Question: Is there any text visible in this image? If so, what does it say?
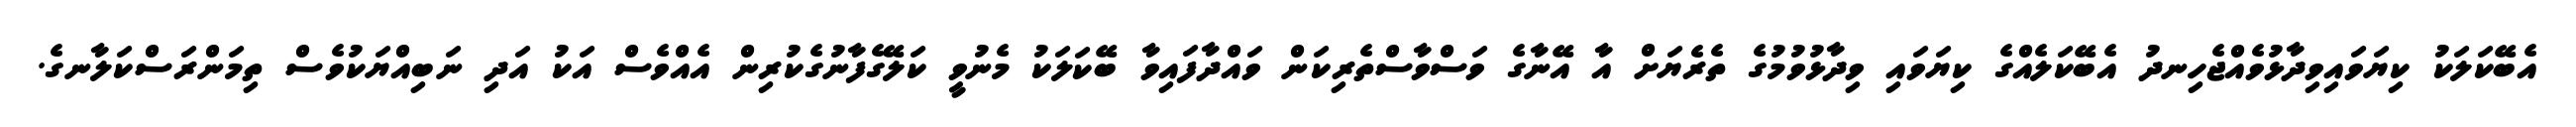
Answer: އެބޭކަލަކު ކިޔަވައިވިދާޅުވެއްޖެހިނދު އެބޭކަލެއްގެ ކިޔަވައި ވިދާޅުވުމުގެ ތެރެޔަށް އާ އޭނާގެ ވަސްވާސްތެރިކަން ވައްދާފައިވާ ބޭކަލަކު މެނުވީ ކަލޭގެފާނުގެކުރިން އެއްވެސް އަކު އަދި ނަބިއްޔަކުވެސް ތިމަންރަސްކަލާނގެ.